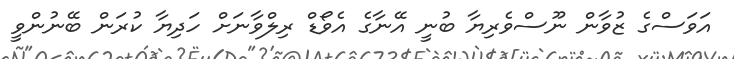
އަވަސްގެ ޒުވާން ނޫސްވެރިޔާ ބުނީ އޭނާގެ އެވޯޑް ރިލްވާނަށް ހަދިޔާ ކުރަން ބޭނުންވީ